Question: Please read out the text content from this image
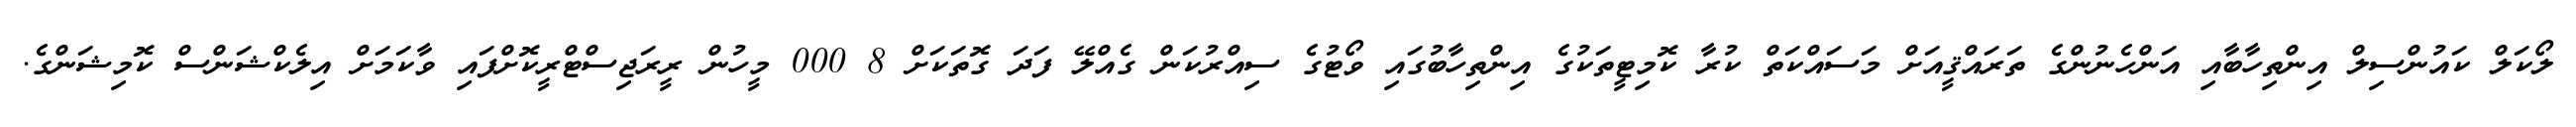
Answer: ލޯކަލް ކައުންސިލް އިންތިހާބާއި އަންހެނުންގެ ތަރައްޤީއަށް މަސައްކަތް ކުރާ ކޮމިޓީތަކުގެ އިންތިހާބުގައި ވޯޓުގެ ސިއްރުކަން ގެއްލޭ ފަދަ ގޮތަކަށް 8 000 މީހުން ރީރަޖިސްޓްރީކޮށްފައި ވާކަމަށް އިލެކްޝަންސް ކޮމިޝަންގެ.